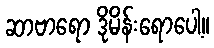
ဆာဗာရော ဒိုမိန်းရောပေါ့။